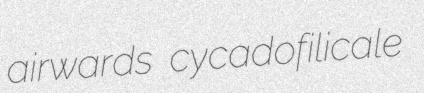
airwards cycadofilicale